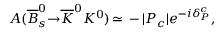
{ \cal A } ( { \overline { { { B } } } } _ { s } ^ { 0 } { \to } { \overline { { { K } } } } ^ { 0 } K ^ { 0 } ) \, { \simeq } \, - { \vert } P _ { c } { \vert } e ^ { - i { \delta } _ { P } ^ { c } } ,